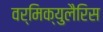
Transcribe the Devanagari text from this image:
वर्मिक्युलैरिस